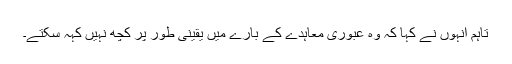
تاہم انہوں نے کہا کہ وہ عبوری معاہدے کے بارے میں یقینی طور پر کچھ نہیں کہہ سکتے۔